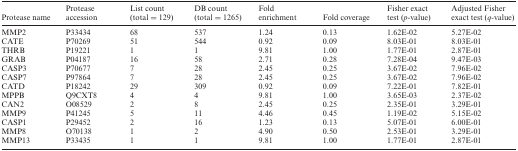
<table><thead><tr><td><b>Protease name</b></td><td><b>Protease accession</b></td><td><b>List count (total = 129)</b></td><td><b>DB count (total = 1265)</b></td><td><b>Fold enrichment</b></td><td><b>Fold coverage</b></td><td><b>Fisher exact test (<i>p</i>-value)</b></td><td><b>Adjusted Fisher exact test (<i>q</i>-value)</b></td></tr></thead><tbody><tr><td>MMP2</td><td>P33434</td><td>68</td><td>537</td><td>1.24</td><td>0.13</td><td>1.62E-02</td><td>5.27E-02</td></tr><tr><td>CATE</td><td>P70269</td><td>51</td><td>544</td><td>0.92</td><td>0.09</td><td>8.03E-01</td><td>8.03E-01</td></tr><tr><td>THRB</td><td>P19221</td><td>1</td><td>1</td><td>9.81</td><td>1.00</td><td>1.77E-01</td><td>2.87E-01</td></tr><tr><td>GRAB</td><td>P04187</td><td>16</td><td>58</td><td>2.71</td><td>0.28</td><td>7.28E-04</td><td>9.47E-03</td></tr><tr><td>CASP3</td><td>P70677</td><td>7</td><td>28</td><td>2.45</td><td>0.25</td><td>3.67E-02</td><td>7.96E-02</td></tr><tr><td>CASP7</td><td>P97864</td><td>7</td><td>28</td><td>2.45</td><td>0.25</td><td>3.67E-02</td><td>7.96E-02</td></tr><tr><td>CATD</td><td>P18242</td><td>29</td><td>309</td><td>0.92</td><td>0.09</td><td>7.22E-01</td><td>7.82E-01</td></tr><tr><td>MPPB</td><td>Q9CXT8</td><td>4</td><td>4</td><td>9.81</td><td>1.00</td><td>3.65E-03</td><td>2.37E-02</td></tr><tr><td>CAN2</td><td>O08529</td><td>2</td><td>8</td><td>2.45</td><td>0.25</td><td>2.35E-01</td><td>3.29E-01</td></tr><tr><td>MMP9</td><td>P41245</td><td>5</td><td>11</td><td>4.46</td><td>0.45</td><td>1.19E-02</td><td>5.15E-02</td></tr><tr><td>CASP1</td><td>P29452</td><td>2</td><td>16</td><td>1.23</td><td>0.13</td><td>5.07E-01</td><td>6.00E-01</td></tr><tr><td>MMP8</td><td>O70138</td><td>1</td><td>2</td><td>4.90</td><td>0.50</td><td>2.53E-01</td><td>3.29E-01</td></tr><tr><td>MMP13</td><td>P33435</td><td>1</td><td>1</td><td>9.81</td><td>1.00</td><td>1.77E-01</td><td>2.87E-01</td></tr></tbody></table>